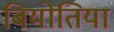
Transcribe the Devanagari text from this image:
बियोतिया